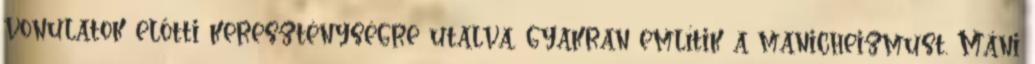
vonulatok előtti kereszténységre utalva, gyakran említik a manicheizmust. Máni